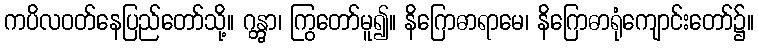
ကပိလဝတ်နေပြည်တော်သို့။ ဂန္တွာ၊ ကြွတော်မူ၍။ နိဂြောဓာရာမေ၊ နိဂြောဓာရုံကျောင်းတော်၌။